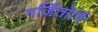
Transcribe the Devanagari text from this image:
गर्जितोर्मि